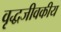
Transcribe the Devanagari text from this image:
वृद्धजीवकीय